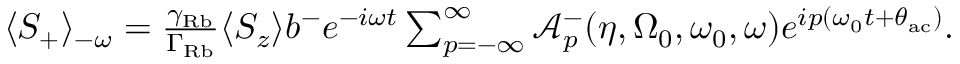
\begin{array} { r } { \langle S _ { + } \rangle _ { - \omega } = \frac { \gamma _ { \mathrm { R b } } } { \Gamma _ { \mathrm { R b } } } \langle S _ { z } \rangle b ^ { - } e ^ { - i \omega t } \sum _ { p = - \infty } ^ { \infty } \mathcal { A } _ { p } ^ { - } ( \eta , \Omega _ { 0 } , \omega _ { 0 } , \omega ) e ^ { i p ( \omega _ { 0 } t + \theta _ { \mathrm { a c } } ) } . } \end{array}